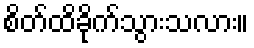
စိတ်ထိခိုက်သွားသလား။